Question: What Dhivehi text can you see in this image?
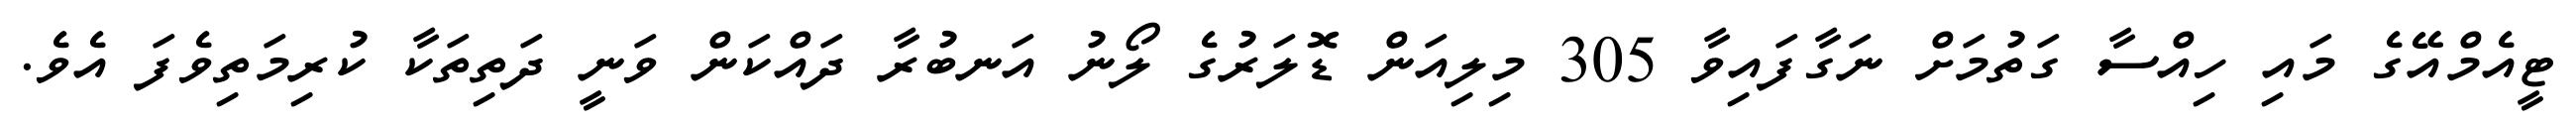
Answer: ޓީއެމްއޭގެ މައި ހިއްސާ ގަތުމަށް ނަގާފައިވާ 305 މިލިއަން ޑޮލަރުގެ ލޯނު އަނބުރާ ދައްކަން ވަނީ ދަތިތަކާ ކުރިމަތިވެފަ އެވެ.